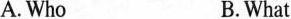
A.Who B.What